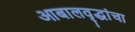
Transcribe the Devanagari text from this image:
आबालवृद्धांचा